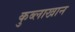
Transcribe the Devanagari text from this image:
कुब्लाखान